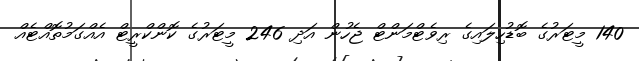
140 މީޓަރުގެ ބޮޑުހިލައިގެ ރިވެޓްމަންޓް ޖެހުން އަދި 246 މީޓަރުގެ ކޮންކްރީޓް އެއްގަމުތޮއްޓެއް